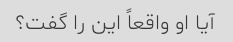
آیا او واقعاً این را گفت؟